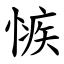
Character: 愱